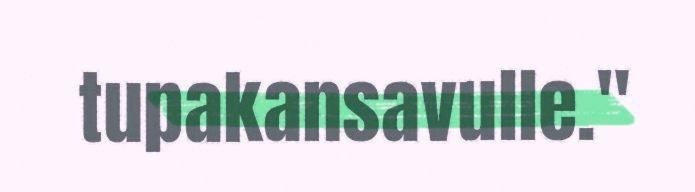
tupakansavulle."